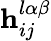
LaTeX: \mathbf{h}_{ij}^{l\alpha\beta}